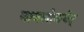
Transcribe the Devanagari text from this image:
नावलोकयेत्